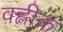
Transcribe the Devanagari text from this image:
वह्लीक